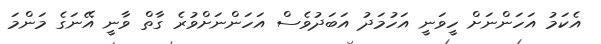
އެކަމު އަހަންނަށް ހީވަނީ އަހުމަދު އަބަދުވެސް އަހަންނަށްވުރެ ގާތް ވާނީ އޭނަގެ މަންމަ